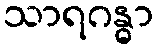
သာရဂန္ဓာ